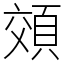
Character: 頝